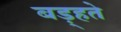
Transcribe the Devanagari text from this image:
बड़्हते